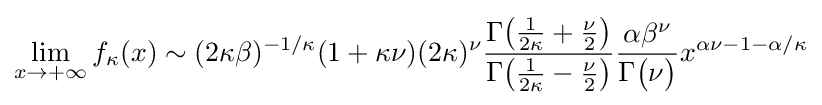
\lim _{x\to +\infty }f_{\kappa }(x)\sim (2\kappa \beta )^{-1/\kappa }(1+\kappa \nu )(2\kappa )^{\nu }{\frac {\Gamma {\big (}{\frac {1}{2\kappa }}+{\frac {\nu }{2}}{\big )}}{\Gamma {\big (}{\frac {1}{2\kappa }}-{\frac {\nu }{2}}{\big )}}}{\frac {\alpha \beta ^{\nu }}{\Gamma {\big (}\nu {\big )}}}x^{\alpha \nu -1-\alpha /\kappa }